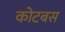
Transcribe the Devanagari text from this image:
कोटबस